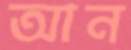
আন